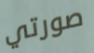
صورتي